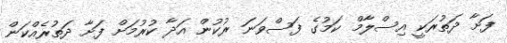
ފަށާ ދަތުރަކީ އިސްލާމް ކަމުގެ ފަސްވަނަ ރުކުން އަދާ ކުރުމަށް ފަށާ ދަތުރެއްކަން